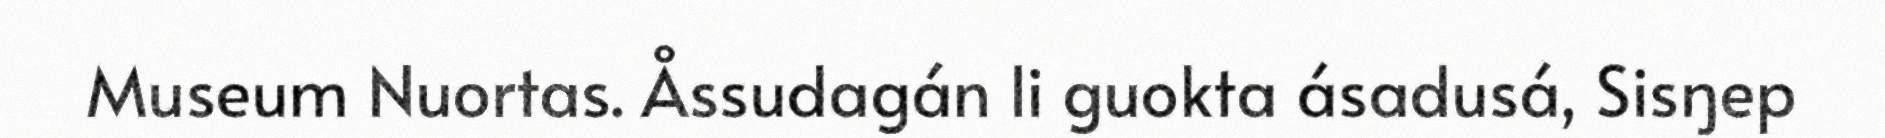
Museum Nuortas. Åssudagán li guokta ásadusá, Sisŋep